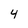
Character: 4